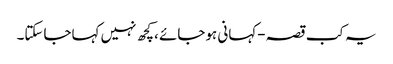
یہ کب قصہ-کہانی ہوجائے ،کچھ نہیں کہاجاسکتا۔